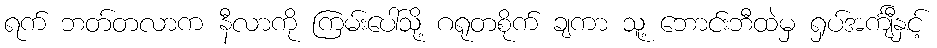
ရက် ဘတ်တလာက နီလာကို ကြမ်းပေါ်သို့ ဂရုတစိုက် ချကာ သူ့ ဘောင်းဘီထဲမှ ရှပ်အင်္ကျီနှင့်